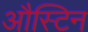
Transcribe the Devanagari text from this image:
औस्टिन